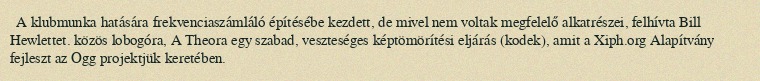
A klubmunka hatására frekvenciaszámláló építésébe kezdett, de mivel nem voltak megfelelő alkatrészei, felhívta Bill Hewlettet. közös lobogóra, A Theora egy szabad, veszteséges képtömörítési eljárás (kodek), amit a Xiph.org Alapítvány fejleszt az Ogg projektjük keretében.